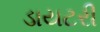
ડાયટરી